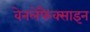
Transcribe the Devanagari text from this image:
वेनलेफैक्साइन